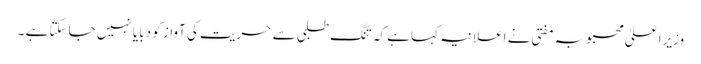
وزیراعلیٰ محبوبہ مفتی نے اعلانیہ کہا ہے کہ تنگ طلبی سے حریت کی آواز کو دبایا نہیں جاسکتا ہے ۔